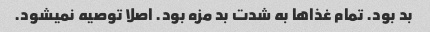
بد بود. تمام غذاها به شدت بد مزه بود. اصلا توصیه نمیشود.